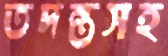
তদন্তসহ